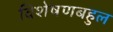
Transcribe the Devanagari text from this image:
विशेषणबहुल